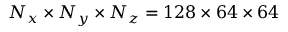
N _ { x } \times N _ { y } \times N _ { z } = 1 2 8 \times 6 4 \times 6 4